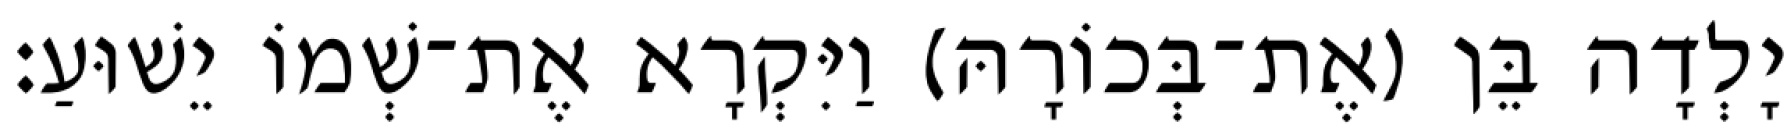
יָלְדָה בֵּן (אֶת־בְּכוֹרָהּ) וַיִּקְרָא אֶת־שְׁמוֹ יֵשׁוּעַ׃